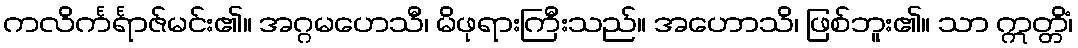
ကလိင်္ကင်္ရာဇ်မင်း၏။ အဂ္ဂမဟေသီ၊ မိဖုရားကြီးသည်။ အဟောသိ၊ ဖြစ်ဘူး၏။ သာ ဣတ္တိံ၊